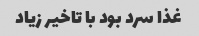
غذا سرد بود با تاخیر زیاد